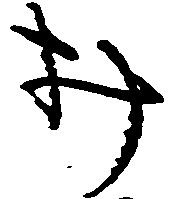
み